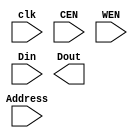
module sram(input clk,
			input CEN,
			input WEN, 
			input [31:0] Din,
			input [8:0] Address,
			output reg signed [31:0] Dout //512 32-bits SRAMs
			);
			
	reg signed [31:0] temp [511:0];
	reg signed [31:0] out_buffer;
	reg notice; 
	
	////////////timing specification
	specify
		//$setuphold(posedge clk, Din, 20, 20, notice);	    //setup time 20ps, hold time 20ps
		$setup(Din, posedge clk, 20, notice);
		$hold(posedge clk, Din, 20, notice);
		$period(posedge clk, 500, notice);		      //Maximum Freq 2GHz, Minimum period 500ps
	endspecify
	
	always @(notice) 
	  begin 
	     Dout <= 32'hXXXXXXXX;
	     temp[Address] <= 32'hXXXXXXXX;
	  end
	
	//////////sram function
	always @(posedge clk)
	begin
		if(!CEN)  //CEN=0 enable
			begin
				if(!WEN)   //WEN=0 Write Operation
					temp[Address] <= Din;
				else if (WEN)	   //WEN=1 Read Operation
					out_buffer = temp[Address];
				    #450
			        Dout = out_buffer;
			end
		else if (CEN) 	//CEN=1 Disable
			Dout <= 32'h0;
	end	
endmodule